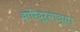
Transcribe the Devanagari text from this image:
दारिद्ऱ्याच्या